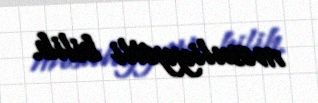
məsuliyyətli bilib.